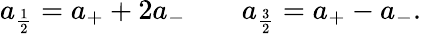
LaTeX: a_{\frac{1}{2}}=a_{+}+2a_{-}\qquad a_{\frac{3}{2}}=a_{+}-a_{-}.